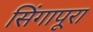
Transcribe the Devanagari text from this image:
सिंगापूरा